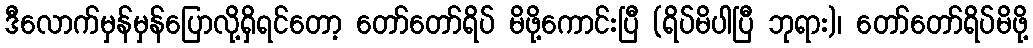
ဒီလောက်မှန်မှန်ပြောလို့ရှိရင်တော့ တော်တော်ရိပ် မိဖို့ကောင်းပြီ (ရိပ်မိပါပြီ ဘုရား)၊ တော်တော်ရိပ်မိဖို့